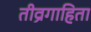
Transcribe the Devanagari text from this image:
तीव्रगाहिता